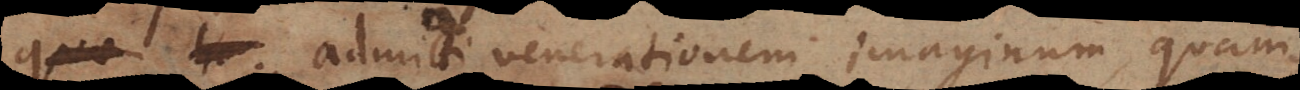
admitti venerationem imaginum quam